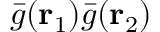
\bar { g } ( { \mathbf { r } _ { 1 } } ) \bar { g } ( { \mathbf { r } _ { 2 } } )